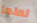
لعلها